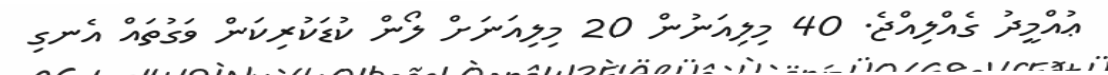
ޢުއްމީދު ގެއްލިއްޖެ. 40 މިލިއަނުން 20 މިލިއަނަށް ލޯން ކުޑަކުރިކަން ވަގުތައް އެނގި